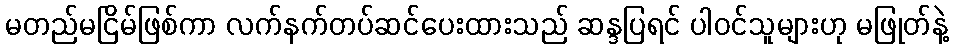
မတည်မငြိမ်ဖြစ်ကာ လက်နက်တပ်ဆင်ပေးထားသည် ဆန္ဒပြရင် ပါဝင်သူများဟု မဖြုတ်နဲ့